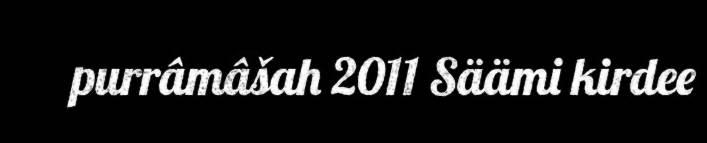
purrâmâšah 2011 Säämi kirdee